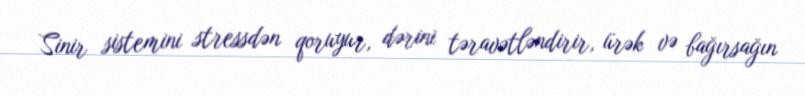
Sinir sistemini stressdən qoruyur, dərini təravətləndirir, ürək və bağırsağın